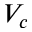
V _ { c }